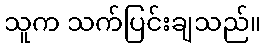
သူက သက်ပြင်းချသည်။